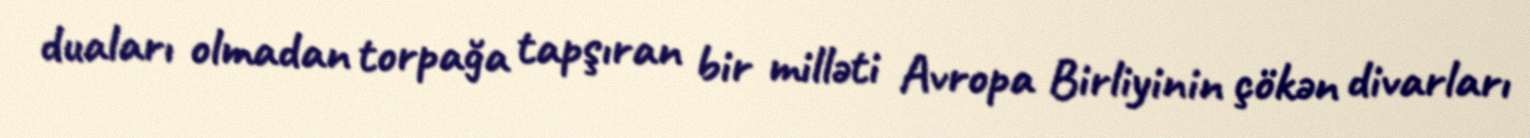
duaları olmadan torpağa tapşıran bir milləti Avropa Birliyinin çökən divarları